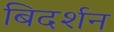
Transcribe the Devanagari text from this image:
बिदर्शन